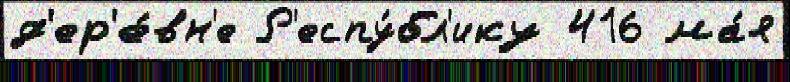
д'ер'е́вн'е Р'еспу́бл'ику 416 ма́я